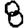
Digit: 8